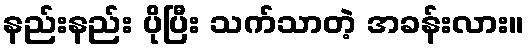
နည်းနည်း ပိုပြီး သက်သာတဲ့ အခန်းလား။